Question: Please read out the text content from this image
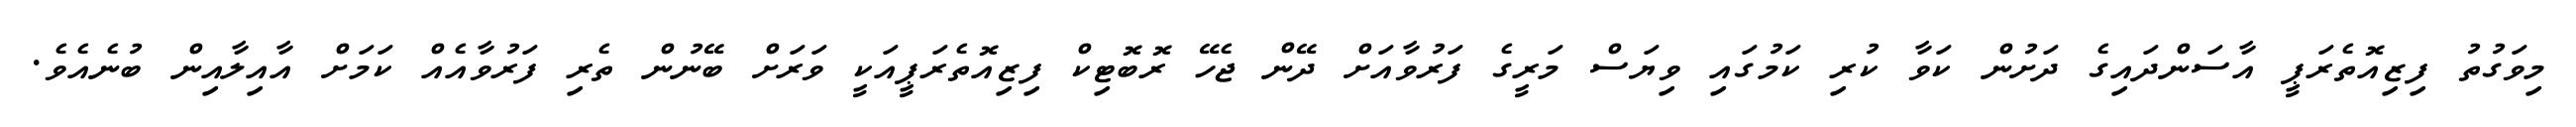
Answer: މިވަގުތު ފިޒިއޮތެރަޕީ އާސަންދައިގެ ދަށުން ކަވާ ކުރި ކަމުގައި ވިޔަސް މަރީގެ ފަރުވާއަށް ދޭން ޖެހޭ ރޮބޮޓިކް ފިޒިއޮތެރަޕީއަކީ ވަރަށް ބޭނުން ތެރި ފަރުވާއެއް ކަމަށް އާއިލާއިން ބުނެއެވެ.